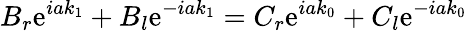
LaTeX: B_{r}\mathrm{e}^{iak_{1}}+B_{l}\mathrm{e}^{-iak_{1}}=C_{r}\mathrm{e}^{iak_{0}}+C_{l}\mathrm{e}^{-iak_{0}}